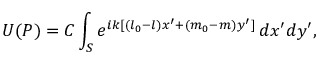
U ( P ) = C \int _ { S } e ^ { i k [ ( l _ { 0 } - l ) x ^ { \prime } + ( m _ { 0 } - m ) y ^ { \prime } ] } \, d x ^ { \prime } d y ^ { \prime } ,